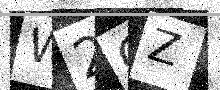
Text: W2CZ